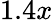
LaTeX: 1.4x